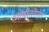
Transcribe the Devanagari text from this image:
भाषांतरेएत